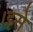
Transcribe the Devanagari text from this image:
।इसे